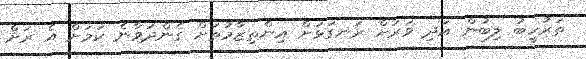
ތަރުހީބު ލިބުން އަދި ވަރަށް ރަނގަޅަށް އިންތިޒާމުތަށް ގެންދަވާނެ ކަމަށް އެ ރަށް